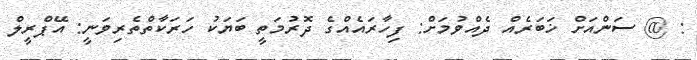
: @ ސަންއަށް ޚަބަރެއް ދެއްވުމަށް: ފިހާރައެއްގެ ދޮރުމަތީ ބަޔަކު ހަރަކާތްތެރިވަނީ: އޭޕްރީލް